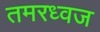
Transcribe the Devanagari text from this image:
तमरध्वज